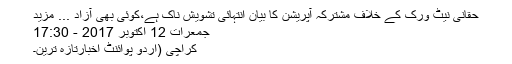
حقانی نیٹ ورک کے خلاف مشترکہ آپریشن کا بیان انتہائی تشویش ناک ہے،کوئی بھی آزاد ... مزید
جمعرات 12 اکتوبر 2017 - 17:30
کراچی (اُردو پوائنٹ اخبارتازہ ترین۔